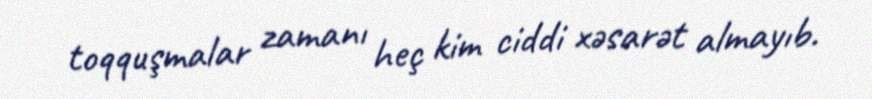
toqquşmalar zamanı heç kim ciddi xəsarət almayıb.